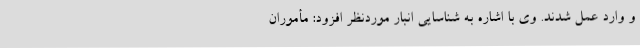
و وارد عمل شدند. وی با اشاره به شناسایی انبار موردنظر افزود: مأموران